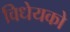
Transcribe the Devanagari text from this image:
विधेयको